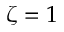
\zeta = 1